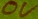
Text: 0V